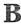
B